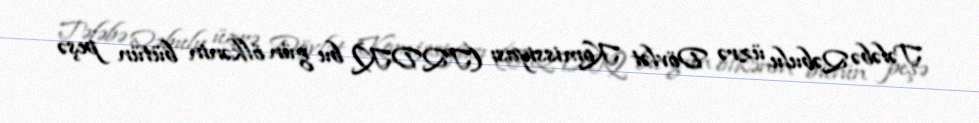
Tələbə Qəbulu üzrə Dövlət Komissiyası (TQDK) bu gün ölkənin bütün peşə